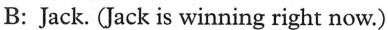
B: Jack. (Jack is winning right now.)